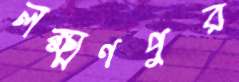
লক্ষ্মণপুর